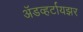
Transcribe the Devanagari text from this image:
अॅडव्हर्टायझर